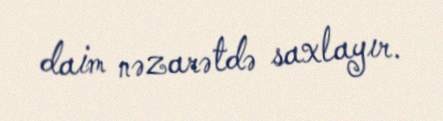
daim nəzarətdə saxlayır.